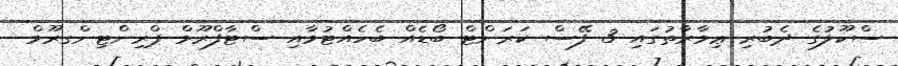
ސްކޫލުގެ ދެބުރި ޢިމާރާތުގައި 3 ފޭސް ކަރަންޓް ބޯޑެއް ބެހެއްޓުމާއި ސްޓާފްރޫމް ޕްރިންޓިންގރޫމް